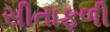
સીતાફળી